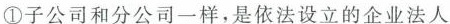
①子公司和分公司一样，是依法设立的企业法人